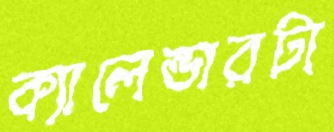
ক্যালেন্ডারটা